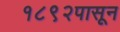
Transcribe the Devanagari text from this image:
१८९२पासून